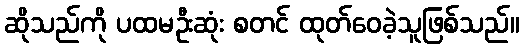
ဆိုသည်ကို ပထမဦးဆုံး စတင် ထုတ်ဝေခဲ့သူဖြစ်သည်။